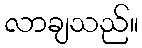
လာချသည်။